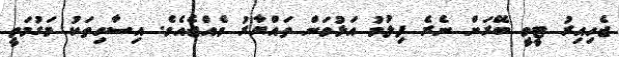
ޖެހިއިރު ޓީވީ ބޭރަށް ނެރެ ފިލުމު އަޅުވަން ތައްޔާރު ވެއްޖެއެވެ. އިސާހިތަކު މަގުމަތީ